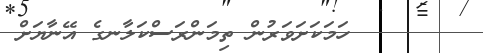
٥٦       ހަމަކަށަވަރުން ތިމަންރަސްކަލާނގެ އޭނާޔަށް